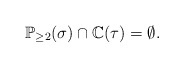
\begin{align*}\mathbb{P}_{\geq 2}(\sigma)\cap\mathbb{C}(\tau)=\emptyset. \end{align*}